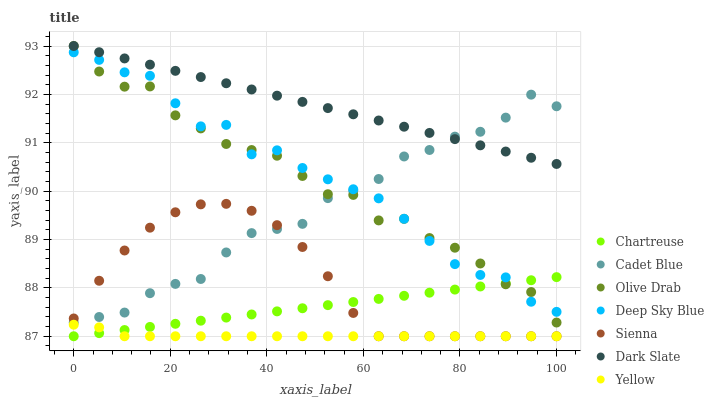
| xaxis_label | Chartreuse | Cadet Blue | Olive Drab | Deep Sky Blue | Sienna | Dark Slate | Yellow |
 | --- | --- | --- | --- | --- | --- | --- | --- |
 | 0 | 87 | 87.3 | 93 | 92.9 | 87.4 | 93 | 87.2 |
 | 5.26 | 87.1 | 87.4 | 92.5 | 92.7 | 88.1 | 92.9 | 87.2 |
 | 10.5 | 87.1 | 87.5 | 92.2 | 92.5 | 88.8 | 92.7 | 87 |
 | 15.8 | 87.2 | 87.9 | 92.2 | 92.4 | 89.2 | 92.6 | 87 |
 | 21.1 | 87.3 | 88.1 | 91.6 | 91.8 | 89.6 | 92.5 | 87 |
 | 26.3 | 87.3 | 88.2 | 91.3 | 91.3 | 89.7 | 92.4 | 87 |
 | 31.6 | 87.4 | 88.7 | 91 | 91.4 | 89.7 | 92.2 | 87 |
 | 36.8 | 87.5 | 89.1 | 90.8 | 90.8 | 89.6 | 92.1 | 87 |
 | 42.1 | 87.5 | 89.2 | 90.7 | 90.8 | 89.3 | 92 | 87 |
 | 47.4 | 87.6 | 89.3 | 90.3 | 90.5 | 88.8 | 91.8 | 87 |
 | 52.6 | 87.6 | 89.9 | 89.9 | 90.2 | 88.2 | 91.7 | 87 |
 | 57.9 | 87.7 | 90 | 89.9 | 90 | 87.5 | 91.6 | 87 |
 | 63.2 | 87.8 | 90.3 | 89.4 | 89.9 | 87 | 91.5 | 87 |
 | 68.4 | 87.8 | 90.7 | 89.4 | 89.4 | 87 | 91.3 | 87 |
 | 73.7 | 87.9 | 90.9 | 89 | 89 | 87 | 91.2 | 87 |
 | 78.9 | 88 | 91.1 | 88.8 | 88.5 | 87 | 91.1 | 87 |
 | 84.2 | 88 | 91.2 | 88.5 | 88.3 | 87 | 90.9 | 87 |
 | 89.5 | 88.1 | 91.5 | 88.1 | 88.2 | 87 | 90.8 | 87 |
 | 94.7 | 88.2 | 92 | 87.9 | 87.7 | 87 | 90.7 | 87 |
 | 100 | 88.2 | 91.8 | 87.3 | 87.5 | 87 | 90.6 | 87 |